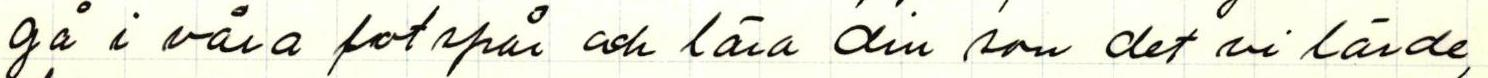
gå i våra fotspår och lära din som det vi lärde,